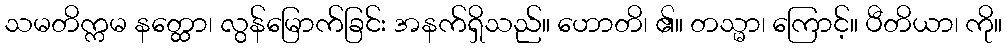
သမတိက္ကမ နတ္ထော၊ လွန်မြောက်ခြင်း အနက်ရှိသည်။ ဟောတိ၊ ၏။ တသ္မာ၊ ကြောင့်။ ပီတိယာ၊ ကို။